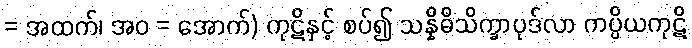
= အထက်၊ အဝ = အောက်) ကုဋိနှင့် စပ်၍ သန္နိဓိသိက္ခာပုဒ်လာ ကပ္ပိယကုဋိ